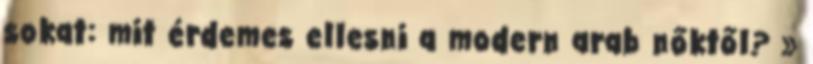
sokat: mit érdemes ellesni a modern arab nőktől? »